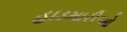
હાડમારીઓ